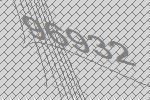
96932